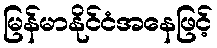
မြန်မာနိုင်ငံအနေဖြင့်